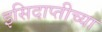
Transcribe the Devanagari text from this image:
इसिदाप्तीच्या